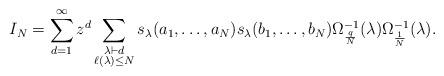
LaTeX: \begin{align*}I_N = \sum_{d=1}^\infty z^d \sum_{\substack{\lambda \vdash d \\ \ell(\lambda) \leq N}}s_\lambda(a_1,\dots,a_N)s_\lambda(b_1,\dots,b_N) \Omega_{\frac{q}{N}}^{-1}(\lambda) \Omega_{\frac{1}{N}}^{-1}(\lambda).\end{align*}